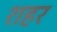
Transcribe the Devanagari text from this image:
श्‍ाहर